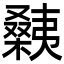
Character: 㯩